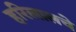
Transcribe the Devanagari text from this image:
हरिलालचे